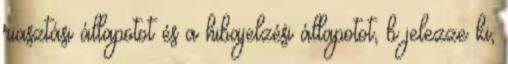
riasztási állapotot és a hibajelzési állapotot, b jelezze ki,